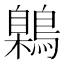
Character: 鷍